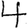
Digit: 4